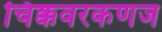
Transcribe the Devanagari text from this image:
चिक्कवरकणज